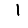
Digit: 1